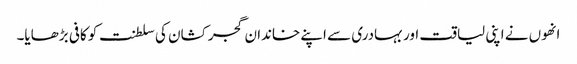
انھوں نے اپنی لیاقت اور بہادری سے اپنے خاندان گجر کشان کی سلطنت کو کافی بڑھایا۔